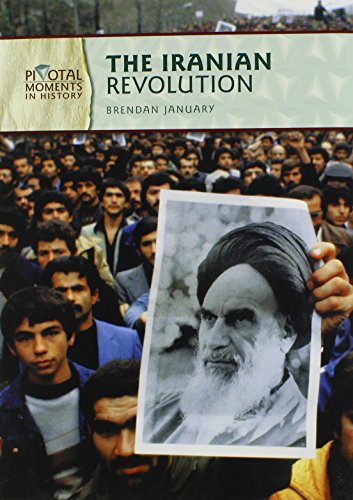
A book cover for The Iranian Revolution (Pivotal Moments in History); Brendan January; Children's Books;